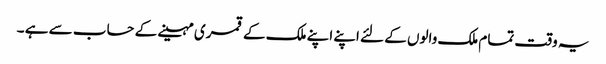
یہ وقت تمام ملک والوں کے لئے اپنے اپنے ملک کے قمری مہینے کے حساب سے ہے ۔